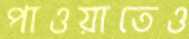
পাওয়াতেও